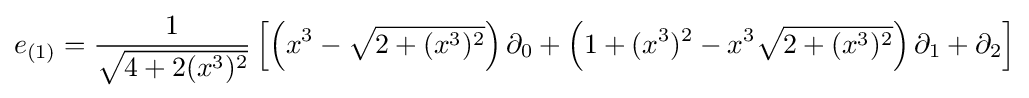
e_{(1)}={\frac {1}{\sqrt {4+2(x^{3})^{2}}}}\left[\left(x^{3}-{\sqrt {2+(x^{3})^{2}}}\right)\partial _{0}+\left(1+(x^{3})^{2}-x^{3}{\sqrt {2+(x^{3})^{2}}}\right)\partial _{1}+\partial _{2}\right]